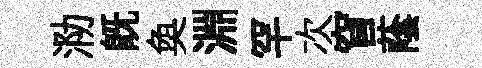
泐既奐淵罕次窅蔭